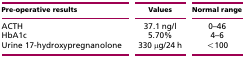
<table><thead><tr><td><b>Pre-operative results</b></td><td><b>Values</b></td><td><b>Normal range</b></td></tr></thead><tbody><tr><td>ACTH</td><td>37.1 ng/l</td><td>0–46</td></tr><tr><td>HbA1c</td><td>5.70%</td><td>4–6</td></tr><tr><td>Urine 17-hydroxypregnanolone</td><td>330 μg/24 h</td><td>&lt;100</td></tr></tbody></table>